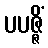
ပပဇ္ဇိံ